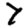
Digit: 7